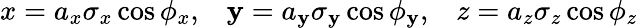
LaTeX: x=a_{x}\sigma_{x}\cos\phi_{x},\; \; \; \mathbf{y}=a_{\mathbf{y}}\sigma_{\mathbf{y}}\cos\phi_{\mathbf{y}},\; \; \; z=a_{z}\sigma_{z}\cos\phi_{z}